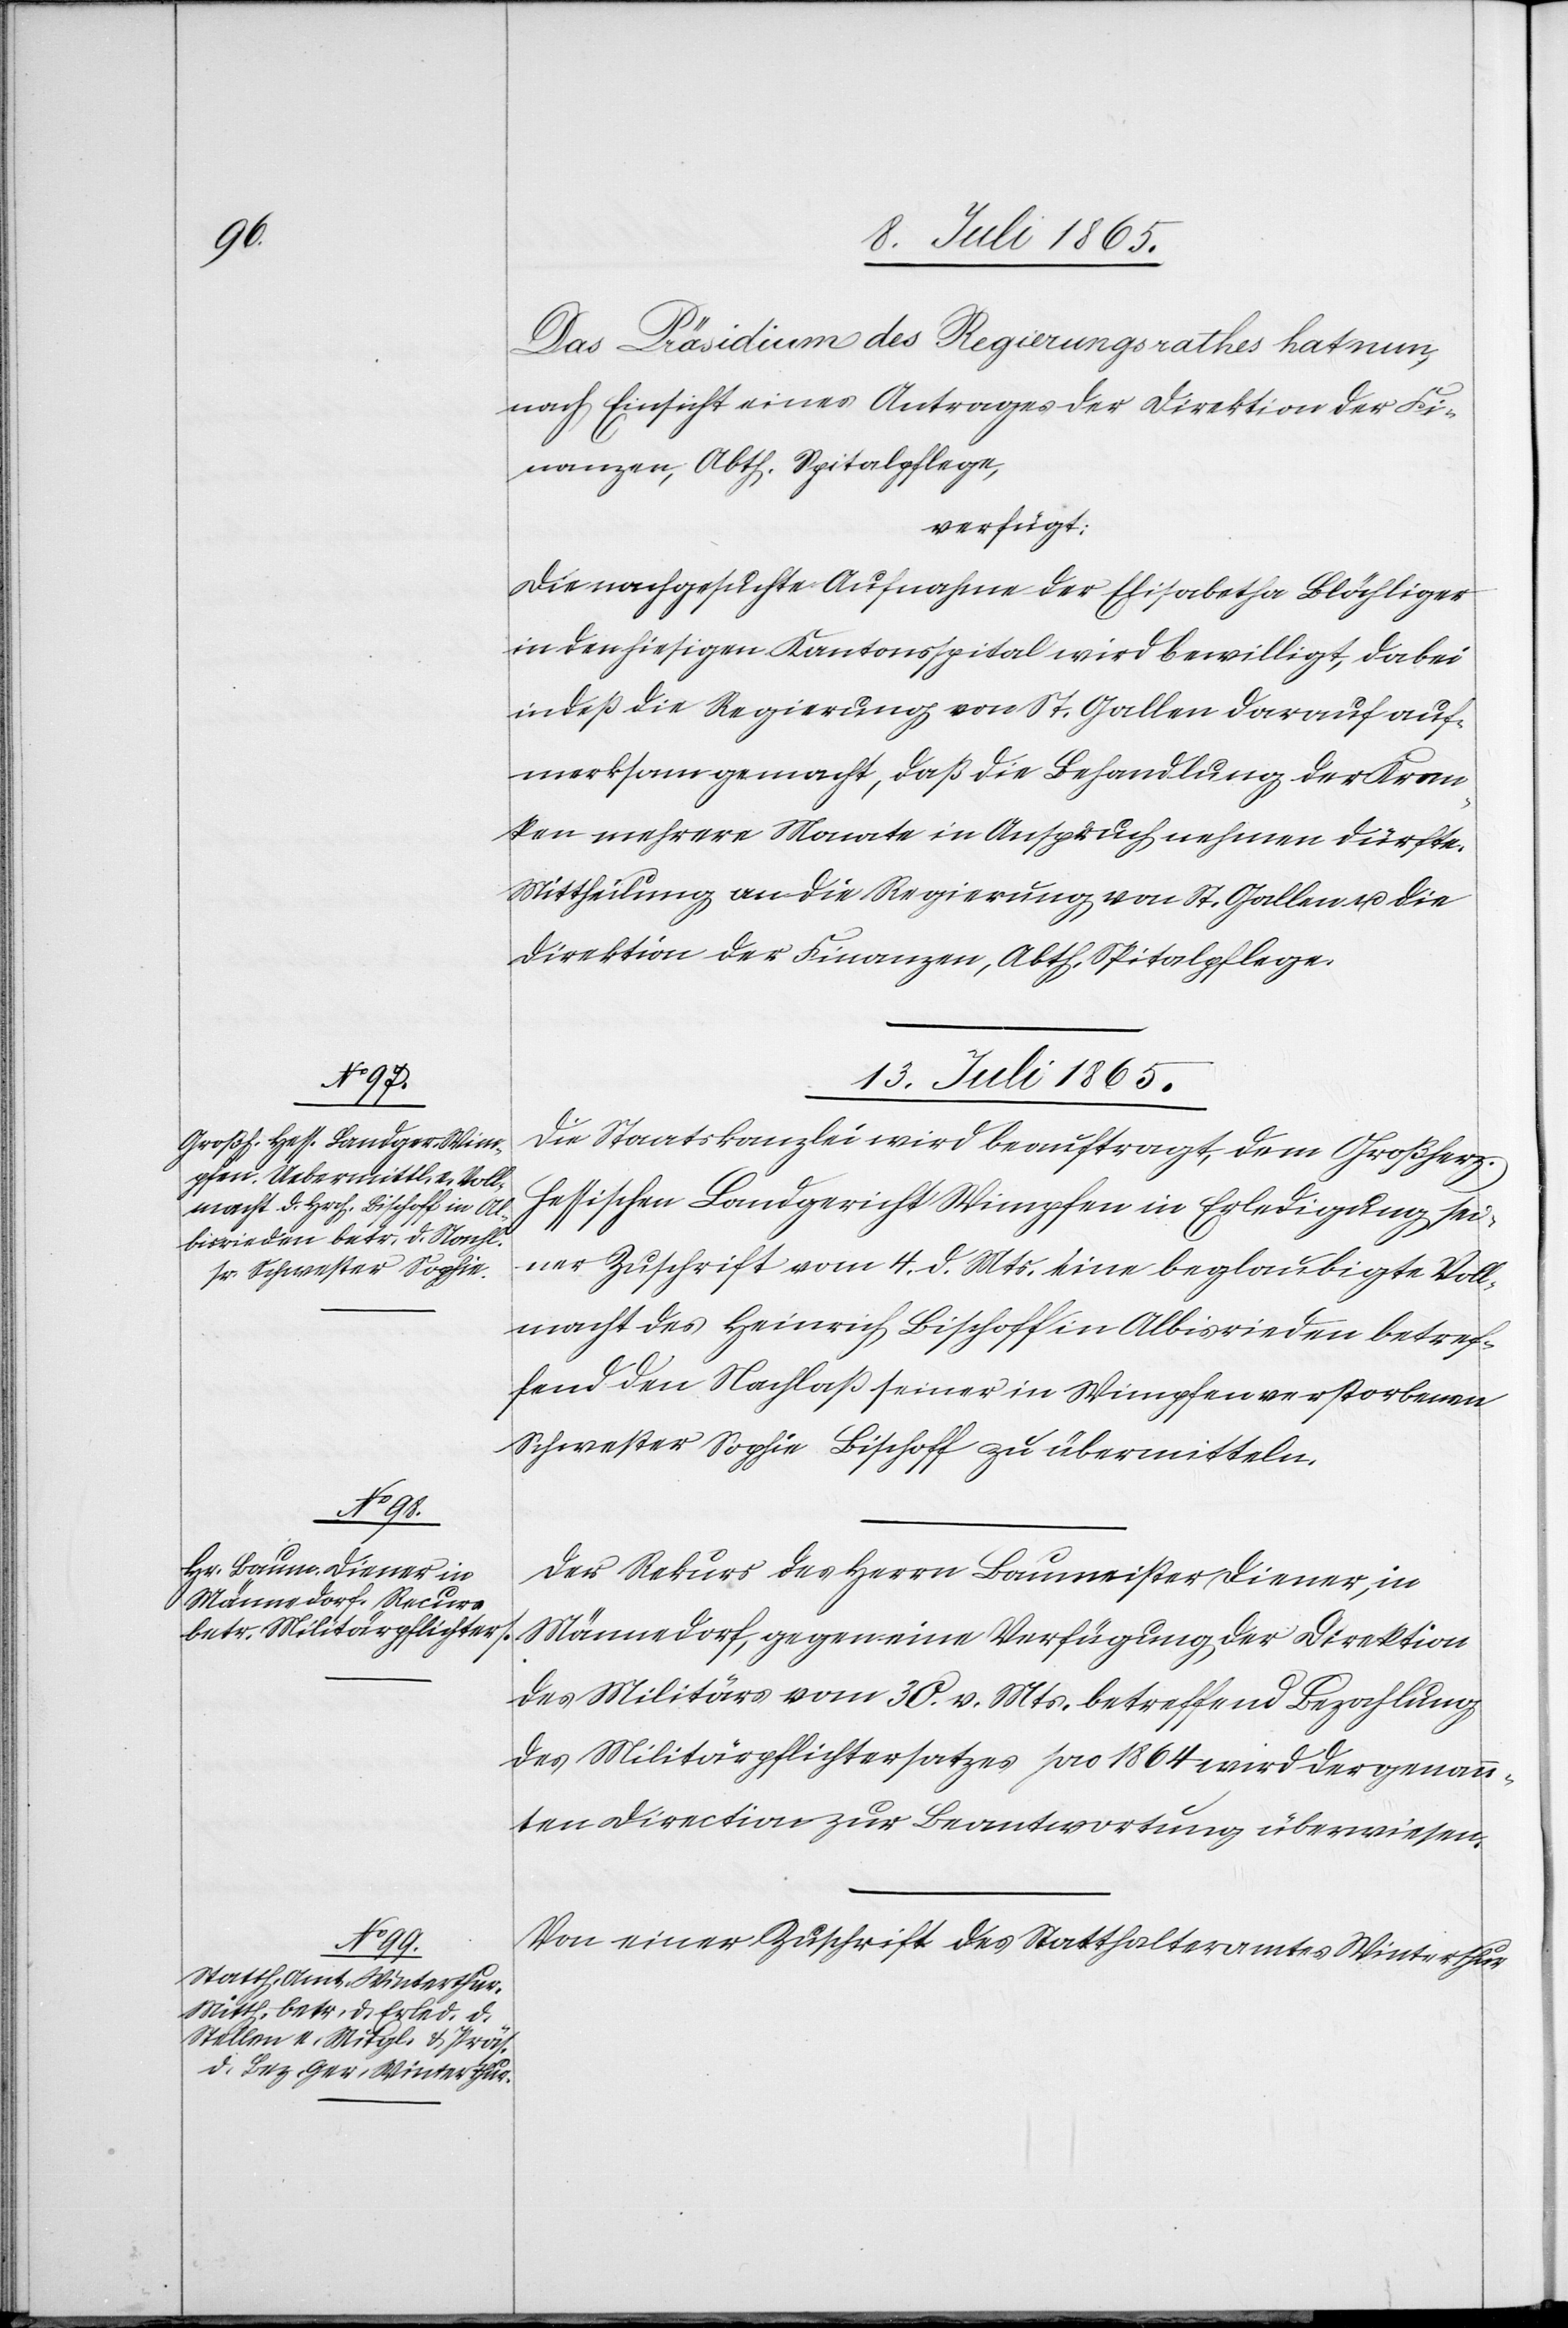
Das Präsidium des Regierungsrathes hat nun,
nach Einsicht eines Antrages der Direktion der Fi¬
nanzen, Abth. Spitalpflege,
verfügt:
Die nachgesuchte Aufnahme der Elisabetha Blöchliger
in den hiesigen Kantonsspital wird bewilligt, dabei
indeß die Regierung von St. Gallen darauf auf¬
merksam gemacht, daß die Behandlung der Kran¬
ken mehrere Monate in Anspruch nehmen dürfte.
Mittheilung an die Regierung von St. Gallen u. die
Direktion der Finanzen, Abth. Spitalpflege.
13. Juli 1865.]
Die Staatskanzlei wird beauftragt, dem Großherz.
Hessischen Landgericht Wimpfen in Erledigung sei¬
ner Zuschrift vom 4. d. Mts. eine beglaubigte Voll¬
macht des Heinrich Bischoff in Albisrieden betref¬
fend den Nachlaß seiner in Wimpfen verstorbenen
Schwester Sophie Bischoff zu übermitteln.
Der Rekurs des Herrn Baumeister Diener, in
Männedorf, gegen eine Verfügung der Direktion
des Militärs vom 30. v. Mts. betreffend Bezahlung
des Militärpflichtersatzes pro 1864 wird der genann¬
ten Direction zur Beantwortung überwiesen.
Von einer Zuschrift des Statthalteramtes Winterthur